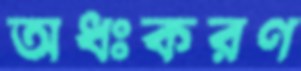
অধঃকরণ